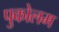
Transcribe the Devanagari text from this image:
पुकोलम